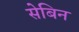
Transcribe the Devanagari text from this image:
सेबिन